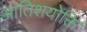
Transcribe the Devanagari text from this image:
आतिशयोक्ति